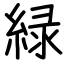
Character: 緑